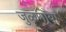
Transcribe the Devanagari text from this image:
जुळणार्‍या